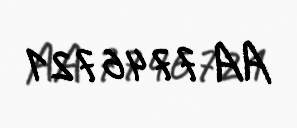
AA 7746721